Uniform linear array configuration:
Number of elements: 8
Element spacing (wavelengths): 1
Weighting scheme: blackman
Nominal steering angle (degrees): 45
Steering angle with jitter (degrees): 44.992
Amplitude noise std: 0.05
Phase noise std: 0.05

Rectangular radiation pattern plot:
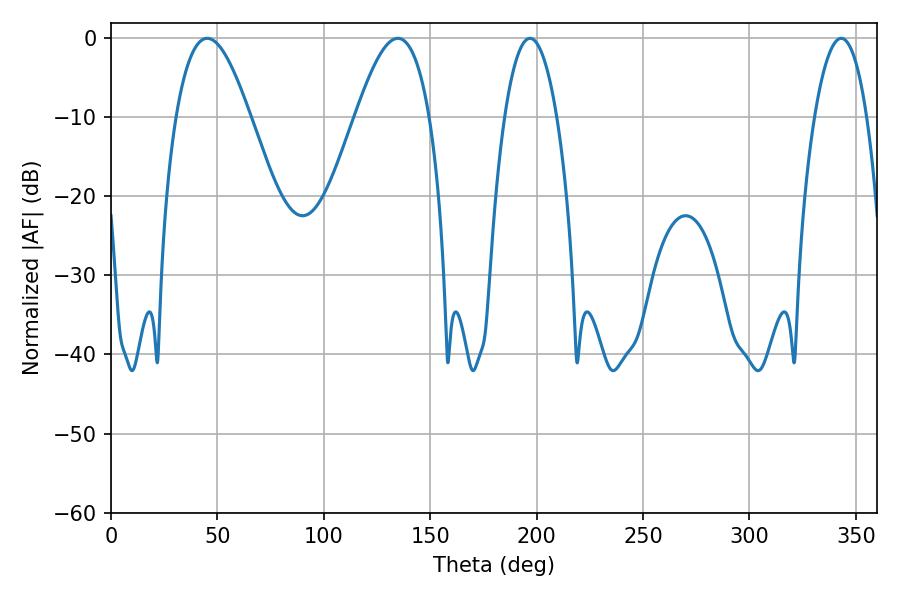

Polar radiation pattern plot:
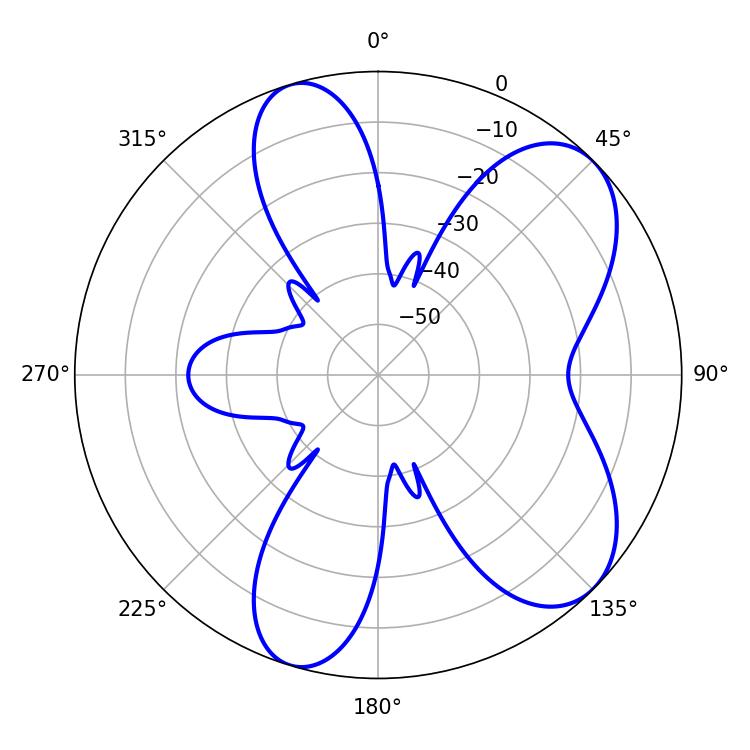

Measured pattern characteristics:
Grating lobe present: TRUE
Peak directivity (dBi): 7.301
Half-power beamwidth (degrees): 18.9
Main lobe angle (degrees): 45.18